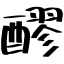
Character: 醪